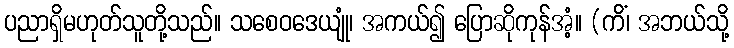
ပညာရှိမဟုတ်သူတို့သည်။ သစေဝဒေယျုံ၊ အကယ်၍ ပြောဆိုကုန်အံ့။ (ကိံ၊ အဘယ်သို့